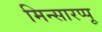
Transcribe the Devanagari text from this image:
मिन्सारप्पू